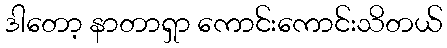
ဒါတော့ နာတာရှာ ကောင်းကောင်းသိတယ်